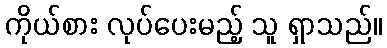
ကိုယ်စား လုပ်ပေးမည့် သူ ရှာသည်။